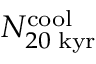
N _ { 2 0 \; \mathrm { k y r } } ^ { \mathrm { c o o l } }